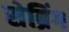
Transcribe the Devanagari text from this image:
सेब्रिंग